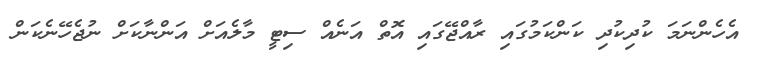
އެހެންނަމަ ކުދިކުދި ކަންކަމުގައި ރާއްޖޭގައި އޮތް އަނެއް ސިޓީ މާލެއަށް އަންނާކަށް ނުޖެހޭނެކަން